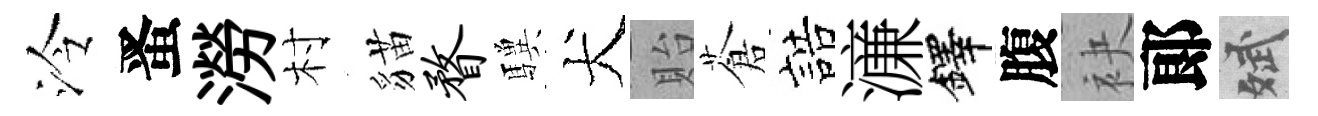
泠󱉠澇村貓瞀驥犬貽蒼誥濓鐸腹袂郞斌